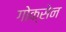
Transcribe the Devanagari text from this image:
गोक्सेन